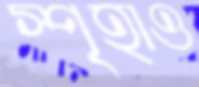
স্পৃহাও